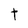
Character: t